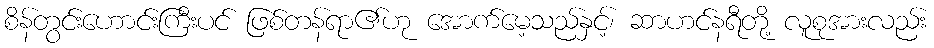
စိန်တွင်းဟောင်းကြီးပင် ဖြစ်တန်ရာ၏ဟု အောက်မေ့သည်နှင့်၊ ဆာဟင်နရီတို့ လူစုအားလည်း